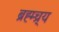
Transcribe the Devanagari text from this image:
ब्रह्म्च्र्य